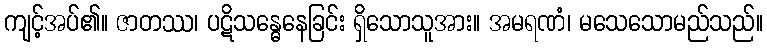
ကျင့်အပ်၏။ ဇာတဿ၊ ပဋိသန္ဓေနေခြင်း ရှိသောသူအား။ အမရဏံ၊ မသေသောမည်သည်။